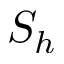
S _ { h }